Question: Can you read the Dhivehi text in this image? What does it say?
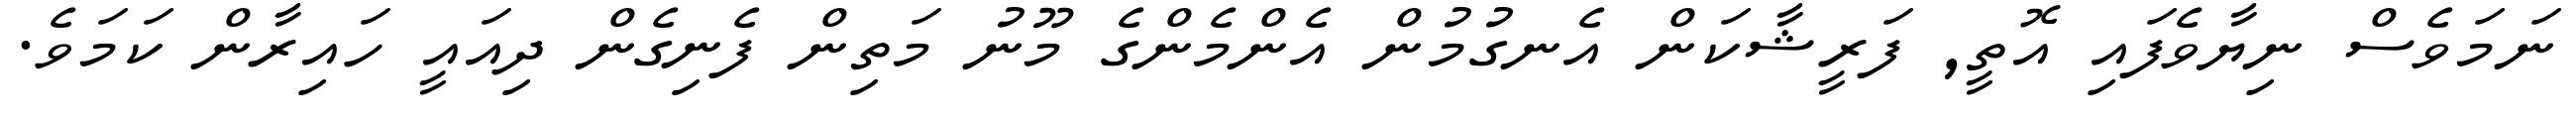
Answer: ނަމަވެސް ނިޔާވެފައި އޮތީ, ފަރީޝާކަން އެނގުމުން އެންމެންގެ މޫނު މަތިން ފެނިގެން ދިއައީ ހައިރާން ކަމަވެ.